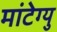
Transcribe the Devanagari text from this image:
मांटेग्यु